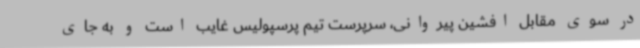
در سوی مقابل افشین پیروانی، سرپرست تیم پرسپولیس غایب است و به جای